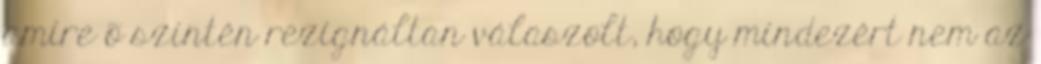
amire õ szintén rezignáltan válaszolt, hogy mindezért nem az